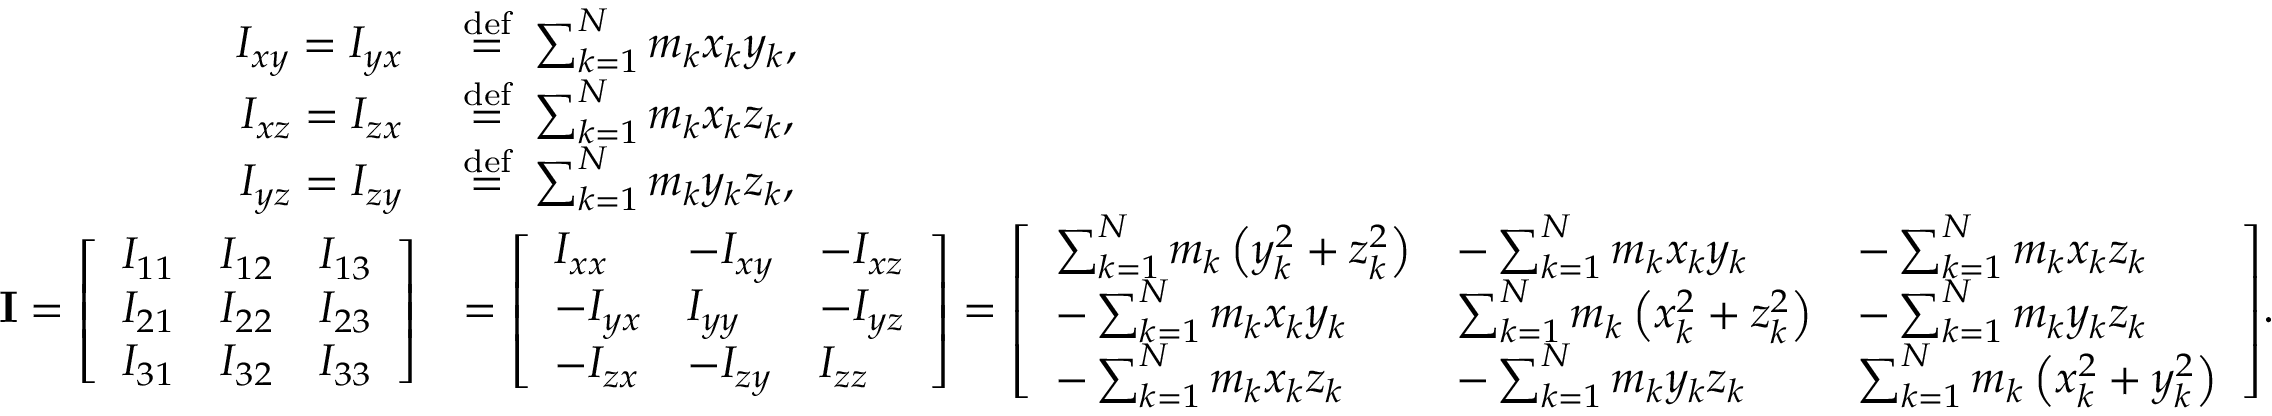
{ \begin{array} { r l } { I _ { x y } = I _ { y x } \ } & { { \stackrel { \mathrm { d e f } } { = } } \ \sum _ { k = 1 } ^ { N } m _ { k } x _ { k } y _ { k } , } \\ { I _ { x z } = I _ { z x } \ } & { { \stackrel { \mathrm { d e f } } { = } } \ \sum _ { k = 1 } ^ { N } m _ { k } x _ { k } z _ { k } , } \\ { I _ { y z } = I _ { z y } \ } & { { \stackrel { \mathrm { d e f } } { = } } \ \sum _ { k = 1 } ^ { N } m _ { k } y _ { k } z _ { k } , } \\ { \mathbf { I } = { \left[ \begin{array} { l l l } { I _ { 1 1 } } & { I _ { 1 2 } } & { I _ { 1 3 } } \\ { I _ { 2 1 } } & { I _ { 2 2 } } & { I _ { 2 3 } } \\ { I _ { 3 1 } } & { I _ { 3 2 } } & { I _ { 3 3 } } \end{array} \right] } } & { = { \left[ \begin{array} { l l l } { I _ { x x } } & { - I _ { x y } } & { - I _ { x z } } \\ { - I _ { y x } } & { I _ { y y } } & { - I _ { y z } } \\ { - I _ { z x } } & { - I _ { z y } } & { I _ { z z } } \end{array} \right] } = { \left[ \begin{array} { l l l } { \sum _ { k = 1 } ^ { N } m _ { k } \left( y _ { k } ^ { 2 } + z _ { k } ^ { 2 } \right) } & { - \sum _ { k = 1 } ^ { N } m _ { k } x _ { k } y _ { k } } & { - \sum _ { k = 1 } ^ { N } m _ { k } x _ { k } z _ { k } } \\ { - \sum _ { k = 1 } ^ { N } m _ { k } x _ { k } y _ { k } } & { \sum _ { k = 1 } ^ { N } m _ { k } \left( x _ { k } ^ { 2 } + z _ { k } ^ { 2 } \right) } & { - \sum _ { k = 1 } ^ { N } m _ { k } y _ { k } z _ { k } } \\ { - \sum _ { k = 1 } ^ { N } m _ { k } x _ { k } z _ { k } } & { - \sum _ { k = 1 } ^ { N } m _ { k } y _ { k } z _ { k } } & { \sum _ { k = 1 } ^ { N } m _ { k } \left( x _ { k } ^ { 2 } + y _ { k } ^ { 2 } \right) } \end{array} \right] } . } \end{array} }